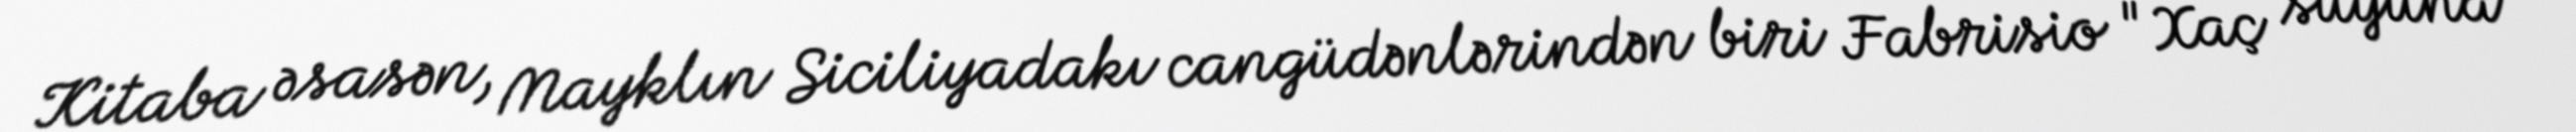
Kitaba əsasən, Mayklın Siciliyadakı cangüdənlərindən biri Fabrisio "Xaç suyuna